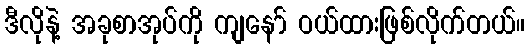
ဒီလိုနဲ့ အခုစာအုပ်ကို ကျနော် ဝယ်ထားဖြစ်လိုက်တယ်။